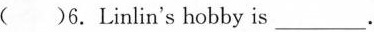
( )6. Linlin's hobby is___.